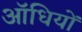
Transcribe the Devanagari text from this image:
ऑधियों